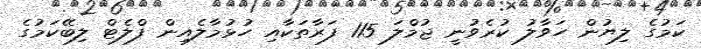
ކަމުގެ ލިޔުން ހަވާލު ކުރެވުނީ ޖުމްލަ 115 ފަރާތަކާއި ހުޅުމާލެއިން ފްލެޓް ލިބޭކަމުގެ